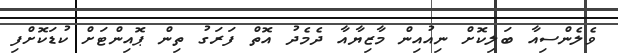
ވެލެންސިއާ ބަލިކޮށް ނިއުއިން މާޒިޔާއާ ދެމެދު އޮތް ފަރަގު ތިން ޕޮއިންޓަށް ކުޑަކޮށްފި